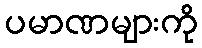
ပမာဏများကို